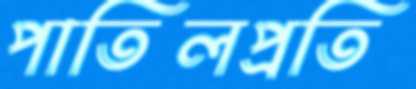
পাতিলপ্রতি